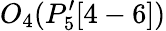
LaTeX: O_{4}(P_{5}^{\prime}[4-6])